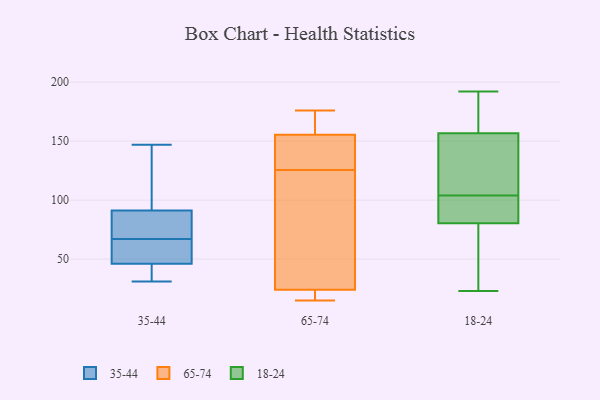
{"axis": {"x": "Demand Index", "y": "Value"}, "legend": ["18-24", "35-44", "65-74"], "data": [{"x": "", "y": 45, "type": "35-44"}, {"x": "", "y": 83, "type": "35-44"}, {"x": "", "y": 43, "type": "35-44"}, {"x": "", "y": 49, "type": "35-44"}, {"x": "", "y": 116, "type": "35-44"}, {"x": "", "y": 62, "type": "35-44"}, {"x": "", "y": 73, "type": "35-44"}, {"x": "", "y": 94, "type": "35-44"}, {"x": "", "y": 67, "type": "35-44"}, {"x": "", "y": 147, "type": "35-44"}, {"x": "", "y": 31, "type": "35-44"}, {"x": "", "y": 23, "type": "65-74"}, {"x": "", "y": 15, "type": "65-74"}, {"x": "", "y": 155, "type": "65-74"}, {"x": "", "y": 151, "type": "65-74"}, {"x": "", "y": 166, "type": "65-74"}, {"x": "", "y": 123, "type": "65-74"}, {"x": "", "y": 25, "type": "65-74"}, {"x": "", "y": 19, "type": "65-74"}, {"x": "", "y": 176, "type": "65-74"}, {"x": "", "y": 60, "type": "65-74"}, {"x": "", "y": 139, "type": "65-74"}, {"x": "", "y": 156, "type": "65-74"}, {"x": "", "y": 174, "type": "65-74"}, {"x": "", "y": 17, "type": "65-74"}, {"x": "", "y": 128, "type": "65-74"}, {"x": "", "y": 27, "type": "65-74"}, {"x": "", "y": 132, "type": "18-24"}, {"x": "", "y": 192, "type": "18-24"}, {"x": "", "y": 67, "type": "18-24"}, {"x": "", "y": 104, "type": "18-24"}, {"x": "", "y": 151, "type": "18-24"}, {"x": "", "y": 174, "type": "18-24"}, {"x": "", "y": 97, "type": "18-24"}, {"x": "", "y": 23, "type": "18-24"}, {"x": "", "y": 136, "type": "18-24"}, {"x": "", "y": 85, "type": "18-24"}, {"x": "", "y": 42, "type": "18-24"}, {"x": "", "y": 91, "type": "18-24"}, {"x": "", "y": 185, "type": "18-24"}]}